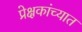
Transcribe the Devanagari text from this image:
प्रेक्षकांच्यात